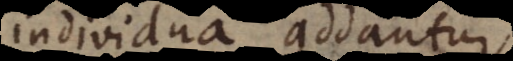
individua addantur